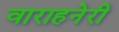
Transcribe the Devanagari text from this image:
वाराहनेरी